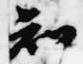
知